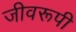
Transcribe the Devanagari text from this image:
जीवरूपी